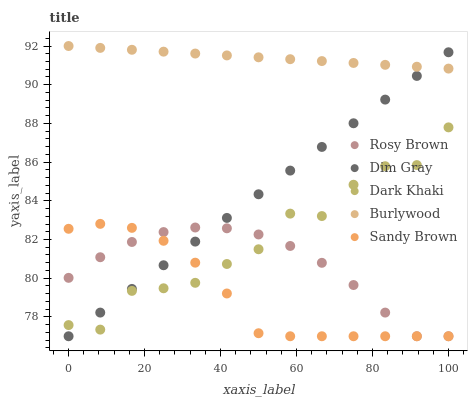
| xaxis_label | Rosy Brown | Dim Gray | Dark Khaki | Burlywood | Sandy Brown |
 | --- | --- | --- | --- | --- | --- |
 | 0 | 80 | 77 | 77.6 | 92 | 82.6 |
 | 8.33 | 81.1 | 78.2 | 77.3 | 91.9 | 82.8 |
 | 16.7 | 81.9 | 79.4 | 79.3 | 91.8 | 82.6 |
 | 25 | 82.4 | 80.7 | 79.5 | 91.7 | 81.9 |
 | 33.3 | 82.6 | 81.9 | 79.8 | 91.6 | 80.8 |
 | 41.7 | 82.6 | 83.1 | 80.7 | 91.5 | 79.2 |
 | 50 | 82.3 | 84.3 | 81.5 | 91.4 | 77.2 |
 | 58.3 | 81.7 | 85.6 | 83.3 | 91.3 | 77 |
 | 66.7 | 80.8 | 86.8 | 83.2 | 91.2 | 77 |
 | 75 | 79.6 | 88 | 84.8 | 91.1 | 77 |
 | 83.3 | 78.2 | 89.2 | 85.8 | 91 | 77 |
 | 91.7 | 77 | 90.5 | 85.8 | 90.9 | 77 |
 | 100 | 77 | 91.7 | 87.8 | 90.8 | 77 |